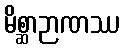
မိစ္ဆာဉာဏဿ